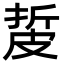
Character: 㿱